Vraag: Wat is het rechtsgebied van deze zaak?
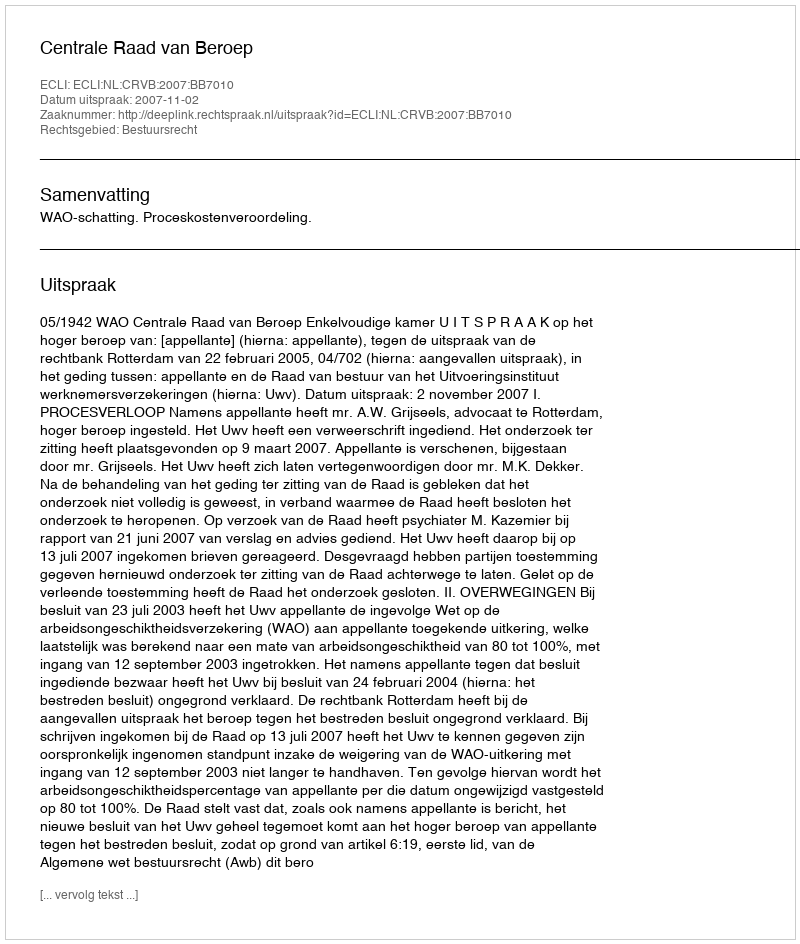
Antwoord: Bestuursrecht